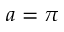
a = \pi